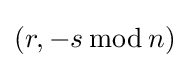
(r,-s\,{\bmod {\,}}n)